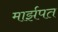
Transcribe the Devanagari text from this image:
मार्झपत